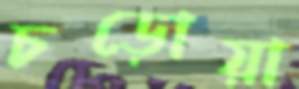
চড়োয়া